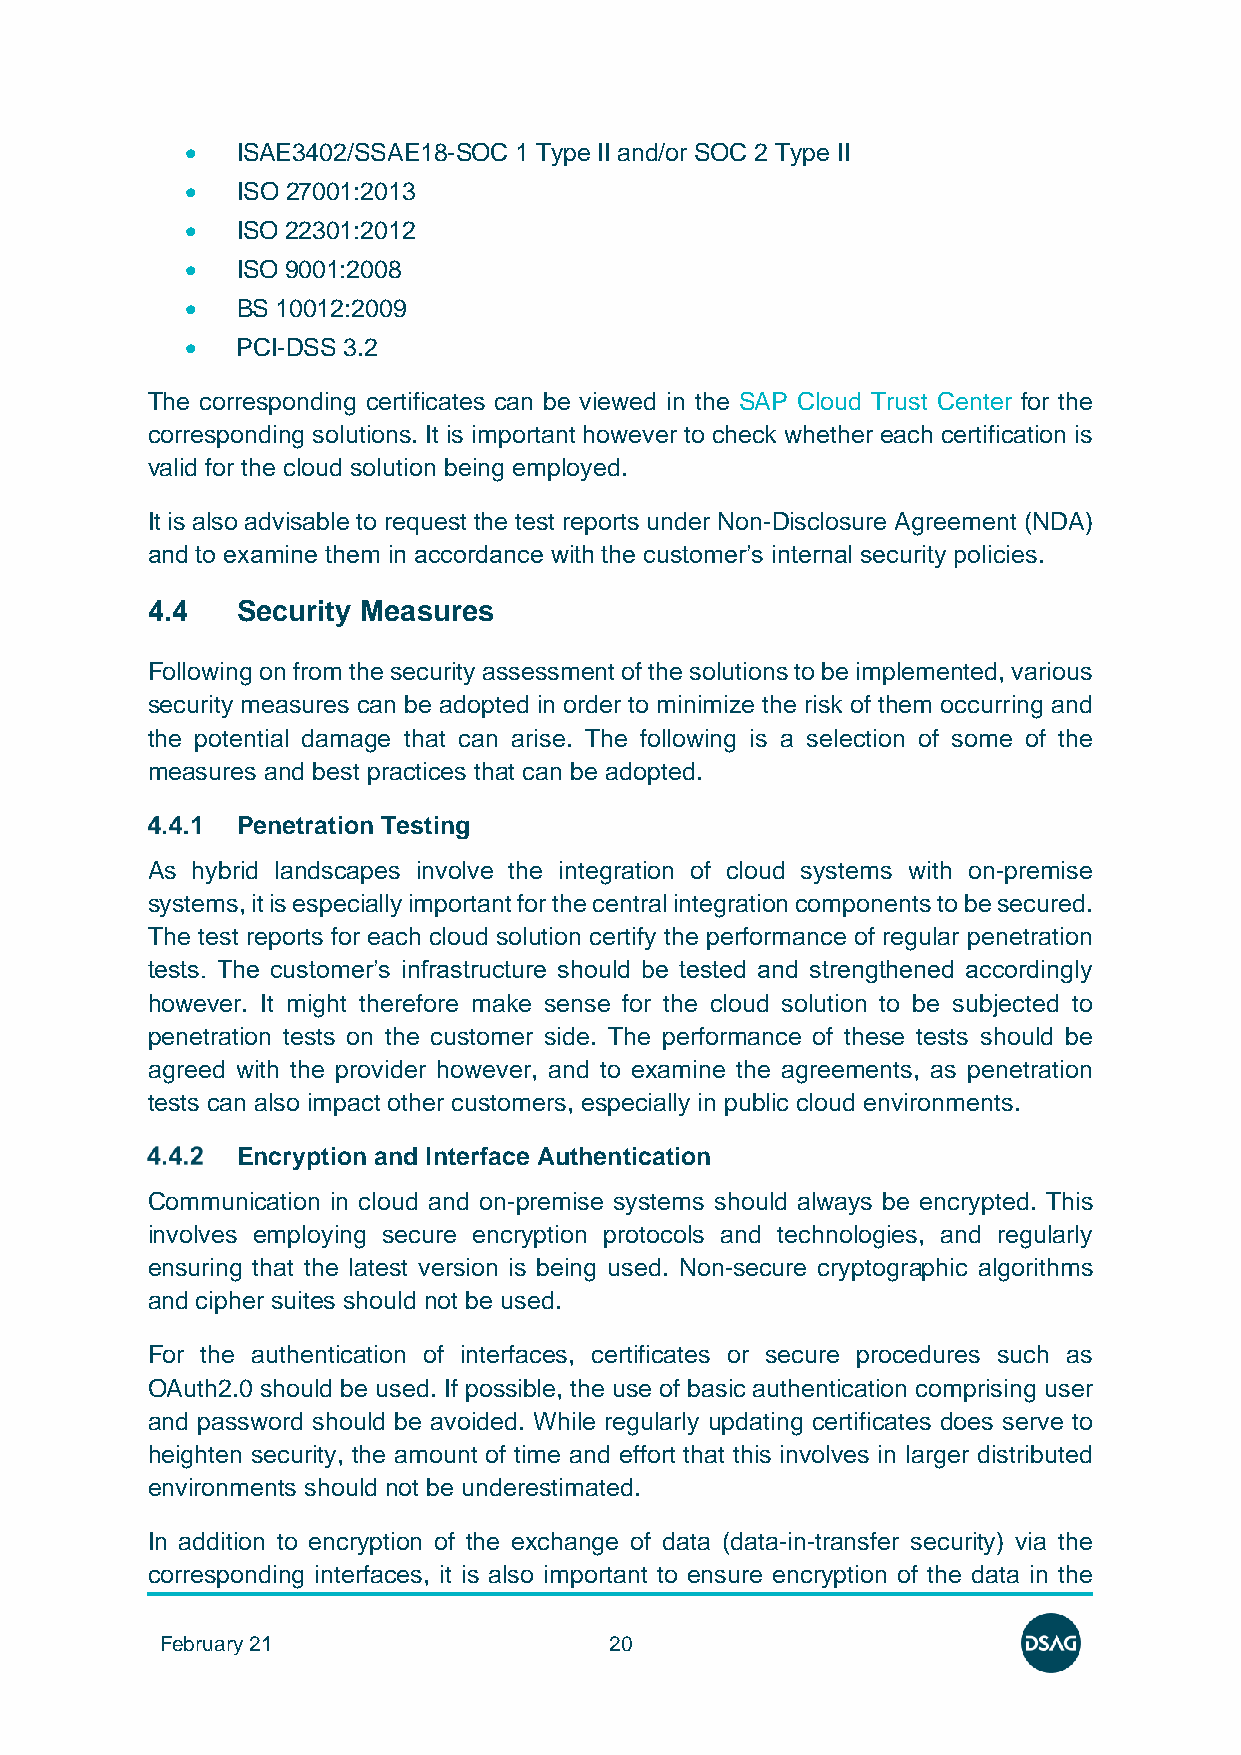
•   ISAE3402/SSAE18-SOC 1 Type II and/or SOC 2 Type II
 •   ISO 27001:2013
 •   ISO 22301:2012
 •   ISO 9001:2008
 •   BS 10012:2009
 •   PCI-DSS 3.2
 The corresponding certificates can be viewed in the SAP Cloud Trust Center for the
 corresponding solutions. It is important however to check whether each certification is
 valid for the cloud solution being employed.
 It is also advisable to request the test reports under Non-Disclosure Agreement (NDA)
 and to examine them in accordance with the customer’s internal security policies.
 4.4   Security Measures
 Following on from the security assessment of the solutions to be implemented, various
 security measures can be adopted in order to minimize the risk of them occurring and
 the potential damage that can arise. The following is a selection of some of the
 measures and best practices that can be adopted.
 Penetration Testing
 As hybrid landscapes involve the integration of cloud systems with on-premise
 systems, it is especially important for the central integration components to be secured.
 The test reports for each cloud solution certify the performance of regular penetration
 tests. The customer’s infrastructure should be tested and strengthened accordingly
 however. It might therefore make sense for the cloud solution to be subjected to
 penetration tests on the customer side. The performance of these tests should be
 agreed with the provider however, and to examine the agreements, as penetration
 tests can also impact other customers, especially in public cloud environments.
 Encryption and Interface Authentication
 Communication in cloud and on-premise systems should always be encrypted. This
 involves employing secure encryption protocols and technologies, and regularly
 ensuring that the latest version is being used. Non-secure cryptographic algorithms
 and cipher suites should not be used.
 For the authentication of interfaces, certificates or secure procedures such as
 OAuth2.0 should be used. If possible, the use of basic authentication comprising user
 and password should be avoided. While regularly updating certificates does serve to
 heighten security, the amount of time and effort that this involves in larger distributed
 environments should not be underestimated.
 In addition to encryption of the exchange of data (data-in-transfer security) via the
 corresponding interfaces, it is also important to ensure encryption of the data in the
 February 21                  20